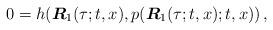
LaTeX: \begin{align*} 0 = h(\boldsymbol{R}_1(\tau;t,x),p(\boldsymbol{R}_1(\tau;t,x);t,x)) \,,\end{align*}